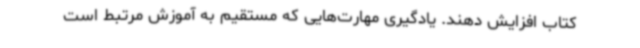
کتاب افزایش دهند. یادگیری مهارت‌هایی که مستقیم به آموزش مرتبط است